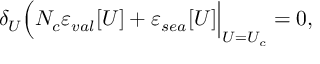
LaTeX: \delta _ { U } \Bigl ( N _ { c } \varepsilon _ { v a l } [ U ] + \varepsilon _ { s e a } [ U ] \Bigr | _ { U = U _ { c } } = 0 ,